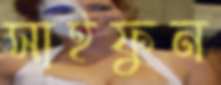
সাইফুন